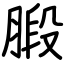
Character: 腶